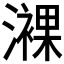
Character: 𤁖